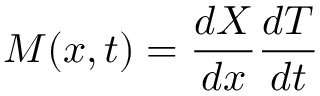
M ( x , t ) = \frac { d X } { d x } \frac { d T } { d t }